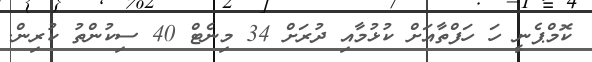
ކޮމްޕެނީ ހަ ހަފްތާއަށް ކުޅުމާއި ދުރަށް 34 މިނެޓް 40 ސިކުންތު ކުރިން.